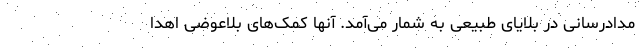
مدادرسانی در بلایای طبیعی به شمار می‌آمد. آنها کمک‌های بلاعوضی اهدا